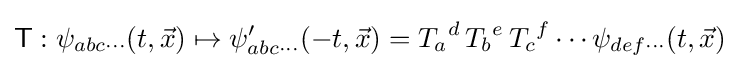
{\mathsf {T}}:\psi _{abc\cdots }(t,{\vec {x}})\mapsto \psi _{abc\cdots }^{\prime }(-t,{\vec {x}})={T_{a}}^{d}\,{T_{b}}^{e}\,{T_{c}}^{f}\cdots \psi _{def\cdots }(t,{\vec {x}})